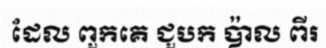
ដែល ពួកគេ ជួបក ប៉ាល ពីរ